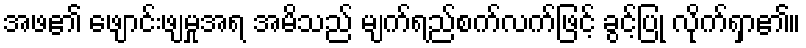
အဖ၏ ဖျောင်းဖျမှုအရ အမိသည် မျက်ရည်စက်လက်ဖြင့် ခွင့်ပြု လိုက်ရှာ၏။